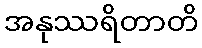
အနုဿရိတာတိ